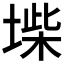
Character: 𡍥